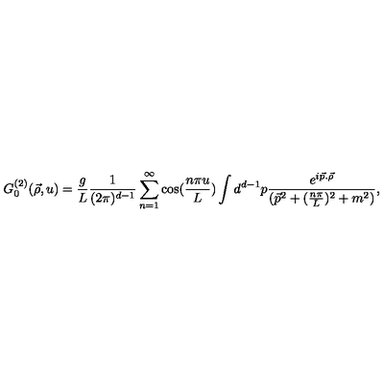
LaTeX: G _ { 0 } ^ { ( 2 ) } ( \vec { \rho } , u ) = \frac { g } { L } \frac { 1 } { ( 2 \pi ) ^ { d - 1 } } \sum _ { n = 1 } ^ { \infty } \cos ( \frac { n \pi u } { L } ) \int d ^ { d - 1 } p \frac { e ^ { i \vec { p } . \vec { \rho } } } { ( \vec { p } ^ { 2 } + ( \frac { n \pi } { L } ) ^ { 2 } + m ^ { 2 } ) } ,